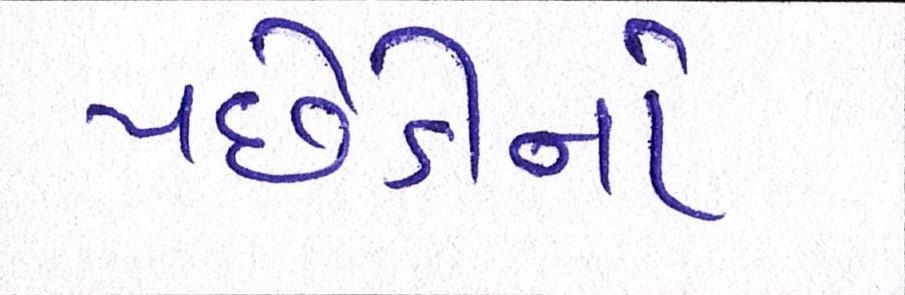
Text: પછેડીનો